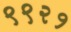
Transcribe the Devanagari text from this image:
९९२१